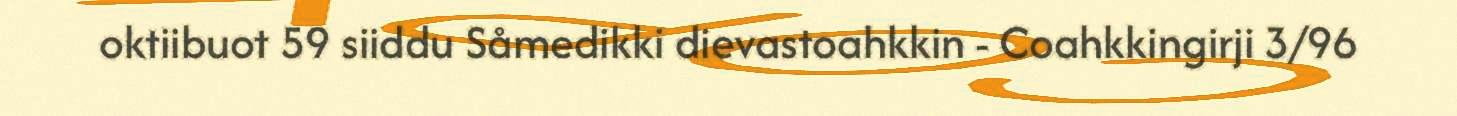
oktiibuot 59 siiddu Såmedikki dievastoahkkin - Coahkkingirji 3/96